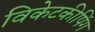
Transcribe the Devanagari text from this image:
विकेटकीपिंग